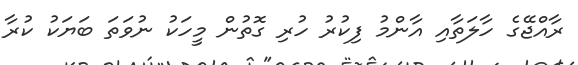
ރާއްޖޭގެ ހާލަތާއި އާންމު ފިކުރު ހުރި ގޮތުން މީހަކު ނުވަތަ ބަޔަކު ކުރާ